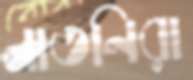
নাতনিরা